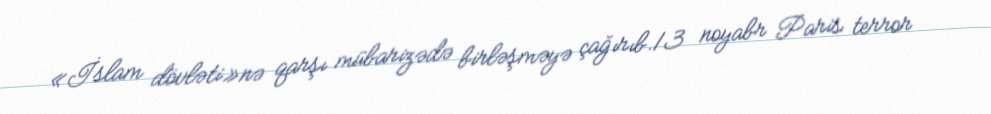
«İslam dövləti»nə qarşı mübarizədə birləşməyə çağırıb.13 noyabr Paris terror